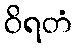
ဝိရတံ